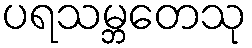
ပရသမ္ဘတေသု